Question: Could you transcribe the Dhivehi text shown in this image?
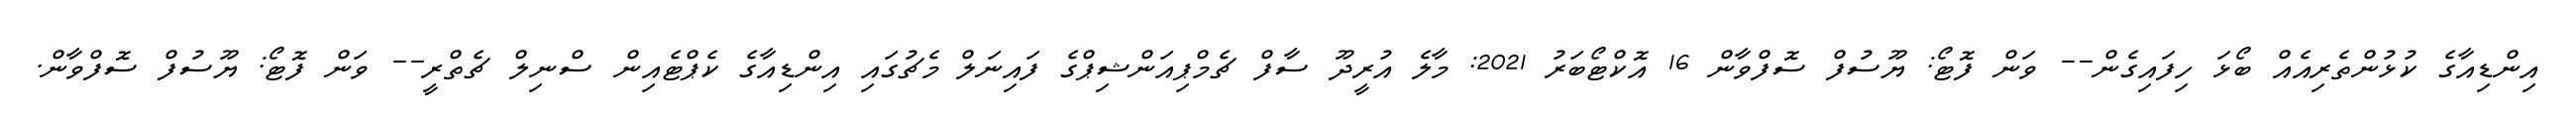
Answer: އިންޑިއާގެ ކުޅުންތެރިއެއް ބޯޅަ ހިފައިގެން-- ވަން ފޮޓޯ: ޔޫސުފް ސޮފްވާން 16 އޮކްޓޯބަރު 2021: މާލެ އުރީދޫ ސާފް ޗެމްޕިއަންޝިޕްގެ ފައިނަލް މެޗުގައި އިންޑިއާގެ ކެޕްޓެއިން ސްނިލް ޗެތްރީ-- ވަން ފޮޓޯ: ޔޫސުފް ސޮފްވާން.